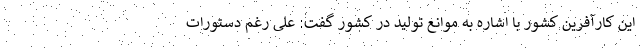
این کارآفرین کشور با اشاره به موانع تولید در کشور گفت: علی رغم دستورات